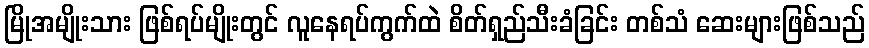
မြိုအမျိုးသား ဖြစ်ရပ်မျိုးတွင် လူနေရပ်ကွက်ထဲ စိတ်ရှည်သီးခံခြင်း တစ်သံ ဆေးများဖြစ်သည်